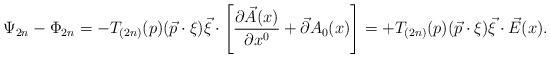
LaTeX: \begin{align*}\Psi _{2n}-\Phi _{2n}=-T_{(2n)}(p)(\vec{p}\cdot \xi )\vec{\xi}\cdot \left[\frac{\partial \vec{A}(x)}{\partial x^{0}}+\vec{\partial}A_{0}(x)\right]=+T_{(2n)}(p)(\vec{p}\cdot \xi )\vec{\xi}\cdot \vec{E}(x). \end{align*}